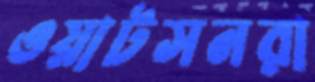
ওয়াটসনরা